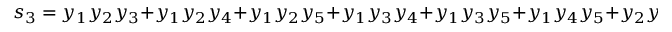
s _ { 3 } = y _ { 1 } y _ { 2 } y _ { 3 } + y _ { 1 } y _ { 2 } y _ { 4 } + y _ { 1 } y _ { 2 } y _ { 5 } + y _ { 1 } y _ { 3 } y _ { 4 } + y _ { 1 } y _ { 3 } y _ { 5 } + y _ { 1 } y _ { 4 } y _ { 5 } + y _ { 2 } y _ { 3 } y _ { 4 } + y _ { 2 } y _ { 3 } y _ { 5 } + y _ { 2 } y _ { 4 } y _ { 5 } + y _ { 3 } y _ { 4 } y _ { 5 }